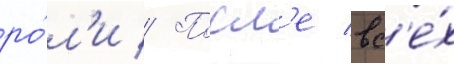
ро́л'и // Посл'е вс'е́х